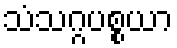
သံသဂ္ဂပစ္စယာ